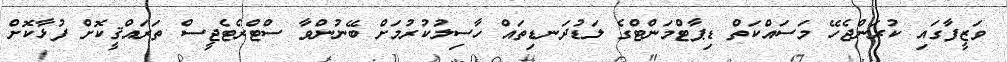
ވަޒީފާގައި ކުރަންޖެހޭ މަސައްކަތް ޑިޕާޓްމަންޓްގެ ލަޑުދަނޑިތައް ހާސިލުކުރުމަށް ބޭނުންވާ ސްޓްރެޓެޖީސް ތަރައްޤީކޮށް ފުޅާކޮށް